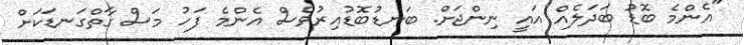
"އެންމެ ބޮޑު ބަދަލެއް އައީ ނިންޖަށް. ބަނޑުބޮޑުއިރުވެސް އެންމެ ފަހު މަސް ގާތްގަނޑަކަށް